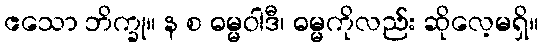
ဧသော ဘိက္ခု။ န စ ဓမ္မဝါဒီ၊ ဓမ္မကိုလည်း ဆိုလေ့မရှိ။